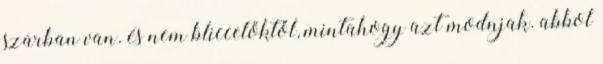
szarban van. és nem bliccelőktől, mintahogy azt modnjak. abbol